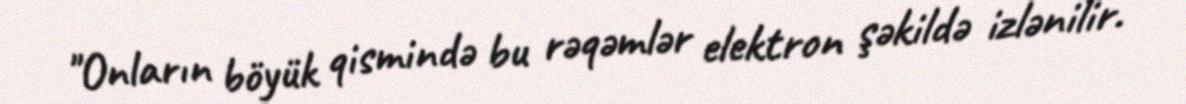
"Onların böyük qismində bu rəqəmlər elektron şəkildə izlənilir.